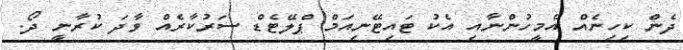
ދެން ކިހިނެއް އެމީހުންނާއި އެކު ޓައިޓޭނިއަމް ޕްލޭޓެޑް ސަރުކާރެއް ވާދަ ކުރާނީ ދޯ.